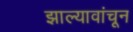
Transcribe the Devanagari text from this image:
झाल्यावांचून